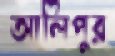
আলিপুর